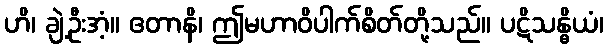
ဟိ၊ ချဲ့ဦးအံ့။ ဧတာနိ၊ ဤမဟာဝိပါက်စိတ်တို့သည်။ ပဋိသန္ဓိယံ၊